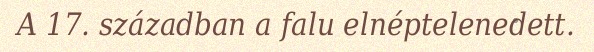
A 17. században a falu elnéptelenedett.